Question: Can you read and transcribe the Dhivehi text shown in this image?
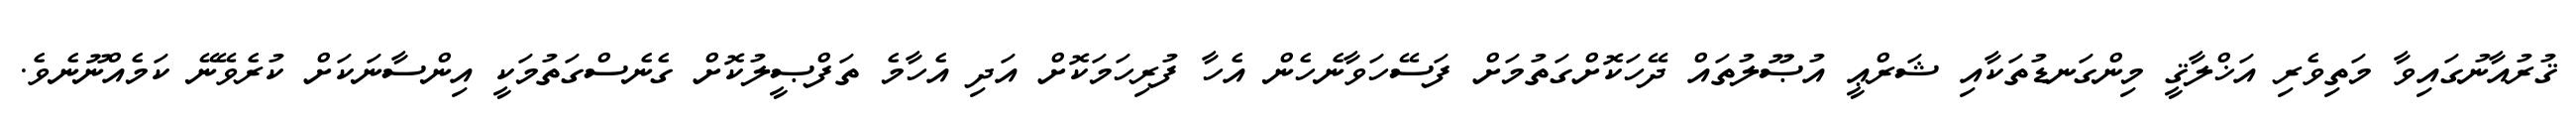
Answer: ޤުރުއާނުގައިވާ މަތިވެރި އަޚްލާޤީ މިންގަނޑުތަކާއި ޝަރްޢީ އުޞޫލުތައް ދޭހަކޮށްގަތުމަށް ފަސޭހަވާނެހެން އެހާ ފުރިހަމަކޮށް އަދި އެހާމެ ތަފްޞީލުކޮށް ގެނެސްގަތުމަކީ އިންސާނަކަށް ކުރެވޭނޭ ކަމެއްނޫނެވެ.